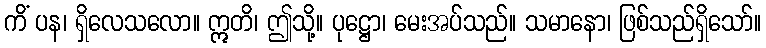
ကိံ ပန၊ ရှိလေသလော။ ဣတိ၊ ဤသို့။ ပုဋ္ဌော၊ မေးအပ်သည်။ သမာနော၊ ဖြစ်သည်ရှိသော်။